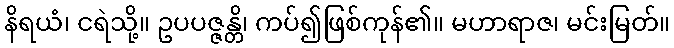
နိရယံ၊ ငရဲသို့။ ဥပပဇ္ဇန္တိ၊ ကပ်၍ဖြစ်ကုန်၏။ မဟာရာဇ၊ မင်းမြတ်။